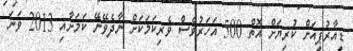
ޑީއާރުޕީއަށް ކުރިޔަށް އޮތް 500 އަހަރުވެސް ވެރިކަމަކަށް ނާދެވޭނޭ ކަމަށާއި 2013 ވަނަ